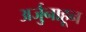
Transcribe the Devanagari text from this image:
अर्जुनाहून